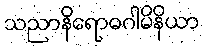
သညာနိရောဓဂါမိနိယာ